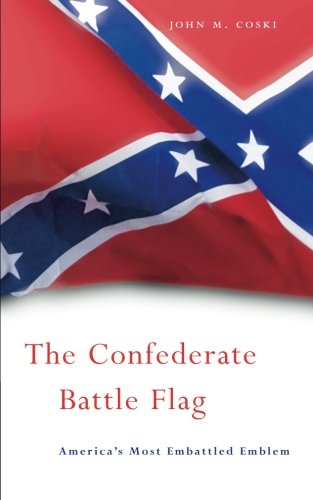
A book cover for The Confederate Battle Flag: America's Most Embattled Emblem; John M. Coski; History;